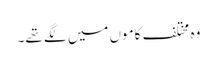
وہ مختلف کاموں میں لگے تھے۔